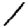
Digit: 1